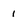
Character: 1